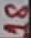
Text: 18